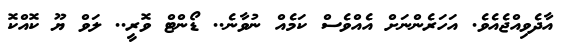
އާދެވިއްޖެއެވެ. އަހަރެންނަށް އެއްވެސް ކަމެއް ނުވާނެ.. ޑޯންޓް ވޮރީ.. ލަވް ޔޫ ކޮއްކޮ